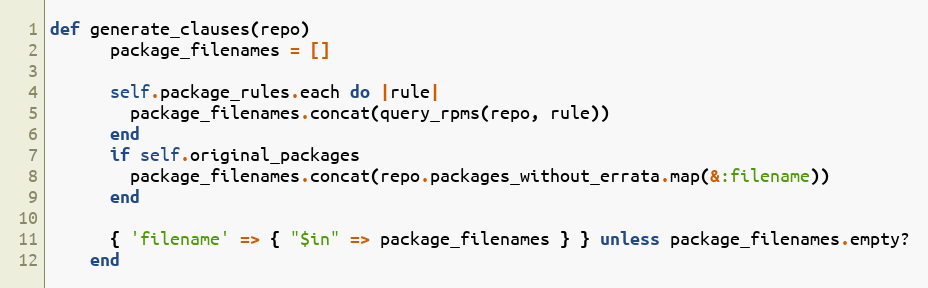
Language: Ruby
def generate_clauses(repo)
      package_filenames = []

      self.package_rules.each do |rule|
        package_filenames.concat(query_rpms(repo, rule))
      end
      if self.original_packages
        package_filenames.concat(repo.packages_without_errata.map(&:filename))
      end

      { 'filename' => { "$in" => package_filenames } } unless package_filenames.empty?
    end